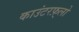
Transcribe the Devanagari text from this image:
काउंटरफ़्लो